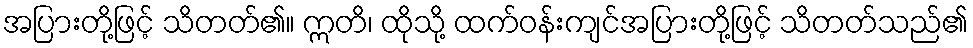
အပြားတို့ဖြင့် သိတတ်၏။ ဣတိ၊ ထိုသို့ ထက်ဝန်းကျင်အပြားတို့ဖြင့် သိတတ်သည်၏